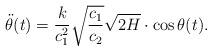
LaTeX: \begin{align*}\ddot{\theta}(t)= \dfrac{k}{c_{1}^{2}}\sqrt{\frac{c_{1}}{c_{2}}}\sqrt{2H} \cdot \cos\theta(t).\end{align*}